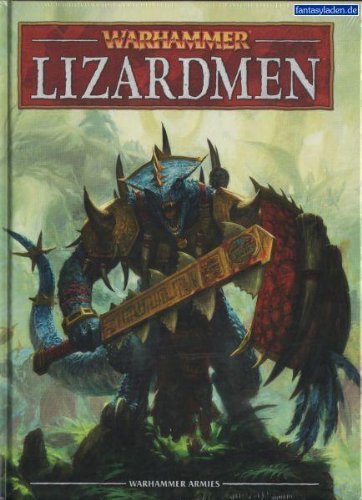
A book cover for Warhammer: Lizardmen; Science Fiction & Fantasy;